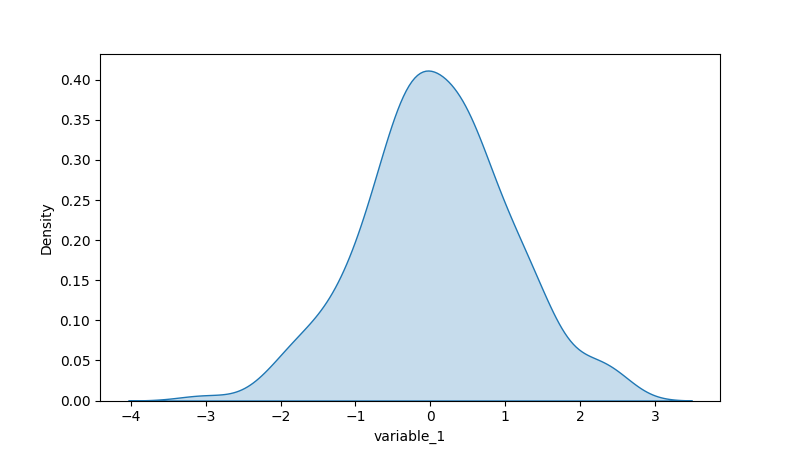
python, seaborn, kdeplot, hue='None', fill=True, bw_adjust=1.0